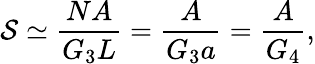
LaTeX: {\cal S}\simeq\frac{NA}{G_{3}L}=\frac{A}{G_{3}a}=\frac{A}{G_{4}},